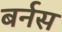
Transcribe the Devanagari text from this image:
बर्नस